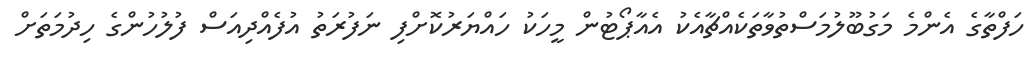
ހަފްތާގެ އެންމެ މަގުބޫލުމަސްތުވާތަކެއްޗާއެކު އެއާޕޯޓުން މީހަކު ހައްޔަރުކޮށްފި ނަފުރަތު އުފެއްދިއަސް ފުލުހުންގެ ހިދުމަތަށް